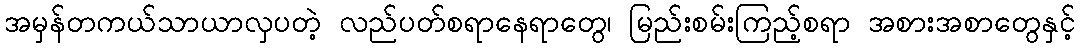
အမှန်တကယ်သာယာလှပတဲ့ လည်ပတ်စရာနေရာတွေ၊ မြည်းစမ်းကြည့်စရာ အစားအစာတွေနှင့်